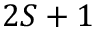
2 S + 1